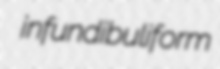
infundibuliform